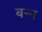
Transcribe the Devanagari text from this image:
बऱ्न